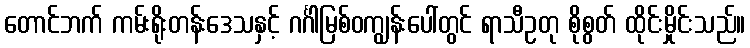
တောင်ဘက် ကမ်းရိုးတန်းဒေသနှင့် ဂင်္ဂါမြစ်ဝကျွန်းပေါ်တွင် ရာသီဥတု စိုစွတ် ထိုင်းမှိုင်းသည်။